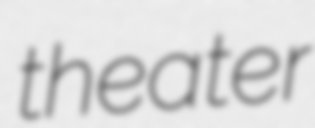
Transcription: theater